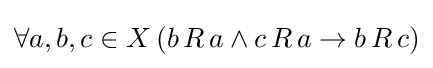
\forall a,b,c\in X\,(b\,R\,a\land c\,R\,a\to b\,R\,c)